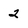
Character: 2